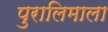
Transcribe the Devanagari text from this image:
पुरालिमाला